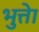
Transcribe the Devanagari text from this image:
भुत्तेा